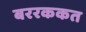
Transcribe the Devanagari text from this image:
बररककत